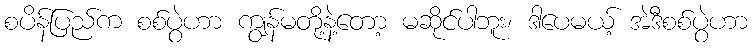
စပိန်ပြည်က စစ်ပွဲဟာ ကျွန်မတို့နဲ့တော့ မဆိုင်ပါဘူး၊ ဒါပေမယ့် အဲဒီစစ်ပွဲဟာ